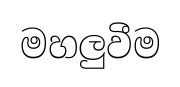
මහලුවීම